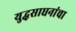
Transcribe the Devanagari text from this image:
युद्धसाधनांचा